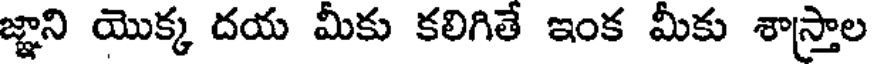
జ్ఞాని యొక్క దయ మీకు కలిగితే ఇంక మీకు శాస్త్రాల